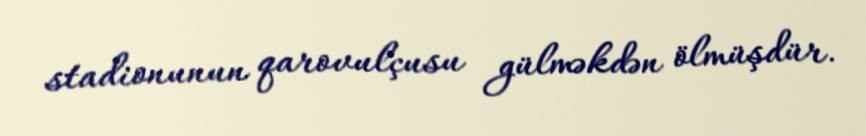
stadionunun qarovulçusu gülməkdən ölmüşdür.